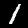
Label: 1